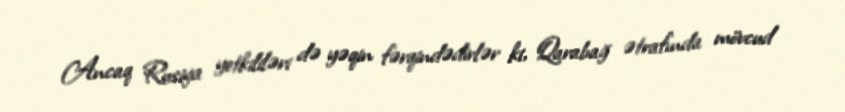
Ancaq Rusiya yetkililəri də yəqin fərqindədirlər ki, Qarabağ ətrafında mövcud